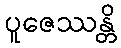
ပူဇေဿန္တိ